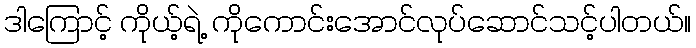
ဒါကြောင့် ကိုယ့်ရဲ့ ကိုကောင်းအောင်လုပ်ဆောင်သင့်ပါတယ်။